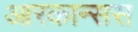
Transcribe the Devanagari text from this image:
आरकान्सस